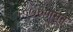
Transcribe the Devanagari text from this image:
१८७६पासून